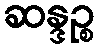
ဆန္ဒဉ္စ